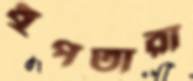
ধুপতারা